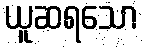
ယူဆရသော